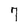
Character: 7